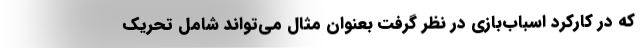
که در کارکرد اسباب‌بازی در نظر گرفت بعنوان مثال می‌تواند شامل تحریک